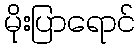
မိုးပြာရောင်